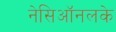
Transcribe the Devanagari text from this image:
नेसिऑनलके